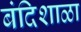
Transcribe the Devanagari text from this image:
बंदिशाळा